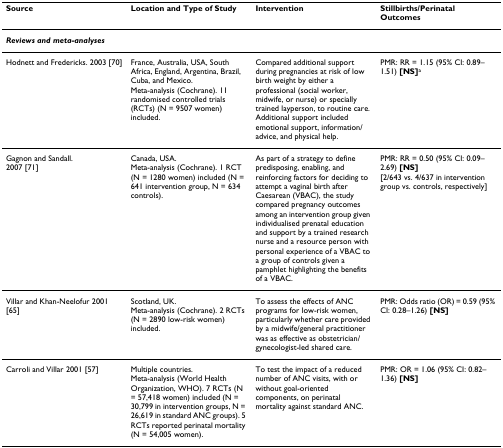
<table><thead><tr><td><b>Source</b></td><td><b>Location and Type of Study</b></td><td><b>Intervention</b></td><td><b>Stillbirths/Perinatal Outcomes</b></td></tr></thead><tbody><tr><td colspan="4"><b><i>Reviews and meta-analyses</i></b></td></tr><tr><td>Hodnett and Fredericks. 2003 [70]</td><td>France, Australia, USA, South Africa, England, Argentina, Brazil, Cuba, and Mexico.Meta-analysis (Cochrane). 11 randomised controlled trials (RCTs) (N = 9507 women) included.</td><td>Compared additional support during pregnancies at risk of low birth weight by either a professional (social worker, midwife, or nurse) or specially trained layperson, to routine care. Additional support included emotional support, information/advice, and physical help.</td><td>PMR: RR = 1.15 (95% CI: 0.89–1.51) <b>[NS]</b><sup>a</sup></td></tr><tr><td>Gagnon and Sandall.2007 [71]</td><td>Canada, USA.Meta-analysis (Cochrane). 1 RCT (N = 1280 women) included (N = 641 intervention group, N = 634 controls).</td><td>As part of a strategy to define predisposing, enabling, and reinforcing factors for deciding to attempt a vaginal birth after Caesarean (VBAC), the study compared pregnancy outcomes among an intervention group given individualised prenatal education and support by a trained research nurse and a resource person with personal experience of a VBAC to a group of controls given a pamphlet highlighting the benefits of a VBAC.</td><td>PMR: RR = 0.50 (95% CI: 0.09–2.69) <b>[NS]</b>[2/643 vs. 4/637 in intervention group vs. controls, respectively]</td></tr><tr><td>Villar and Khan-Neelofur 2001 [65]</td><td>Scotland, UK.Meta-analysis (Cochrane). 2 RCTs (N = 2890 low-risk women) included.</td><td>To assess the effects of ANC programs for low-risk women, particularly whether care provided by a midwife/general practitioner was as effective as obstetrician/gynecologist-led shared care.</td><td>PMR: Odds ratio (OR) = 0.59 (95% CI: 0.28–1.26) <b>[NS]</b></td></tr><tr><td>Carroli and Villar 2001 [57]</td><td>Multiple countries.Meta-analysis (World Health Organization, WHO). 7 RCTs (N = 57,418 women) included (N = 30,799 in intervention groups, N = 26,619 in standard ANC groups). 5 RCTs reported perinatal mortality (N = 54,005 women).</td><td>To test the impact of a reduced number of ANC visits, with or without goal-oriented components, on perinatal mortality against standard ANC.</td><td>PMR: OR = 1.06 (95% CI: 0.82–1.36) <b>[NS]</b></td></tr></tbody></table>